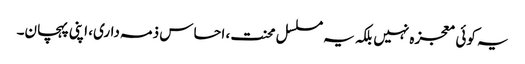
یہ کوئی معجزہ نہیں بلکہ یہ مسلسل محنت، احساس ذمہ داری، اپنی پہچان۔